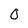
Character: O